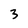
Character: 3